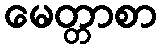
မေတ္တာစာ